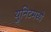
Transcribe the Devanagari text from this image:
युनिटमध्ये